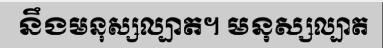
នឹងមនុស្សល្បាត។ មនុស្សល្បាត